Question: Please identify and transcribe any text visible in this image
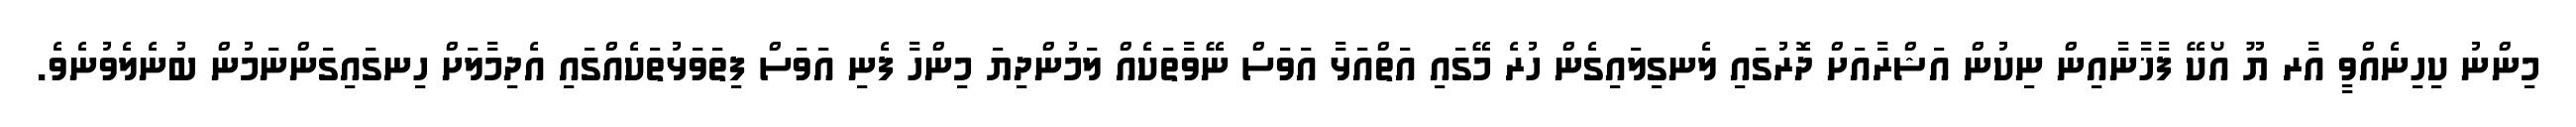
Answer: މިންނު ކިހިނެއްވީ އާރ ޔޫ އޯކޭ ފާޚާނާއިން ނިކުން އަޝްރާއަށް ދޮރުގައި ލެނގިލައިގެން ހުރެ މޭގައި އަތްއަޅާ އަވަސް ނޭވާތަކެއް ލަމުންދިޔަ މިންހާ ފެނި އަވަސް ފިތަވަޅުތަކެއްގައި އެދިމާލަށް ހިނގައިގަންނަމުން ބުނެލެވުނެވެ.